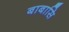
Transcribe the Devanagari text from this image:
बाबासि